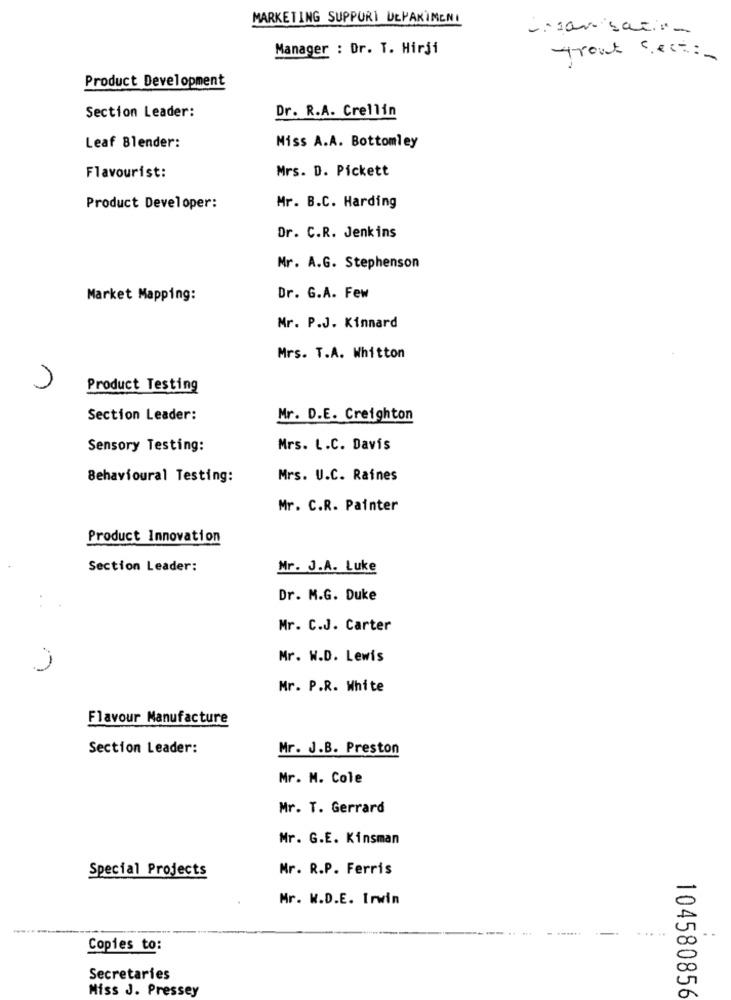
MARKETING SUPPORT DEPAKİMENI
-nam satis -
Manager : Dr. T. Hirji
Trout sect :-
Product Development
Section Leader:
Dr. R.A. Crellin
Leaf Blender:
Miss A.A. Bottomley
Mrs. D. Pickett
Flavourist:
Product Developer:
Mr. B.C. Harding
Dr. C.R. Jenkins
Mr. A.G. Stephenson
Market Mapping:
Dr. G.A. Few
Mr. P.J. Kinnard
Mrs. T.A. Whitton
Product Testing
Section Leader:
Mr. D.E. Creighton
Sensory Testing:
Mrs. L.C. Davis
Behavioural Testing:
Mrs. U.C. Raines
Mr. C.R. Painter
Product Innovation
Section Leader:
Mr. J.A. Luke
.
Dr. M.G. Duke
Mr. C.J. Carter
Mr. W.D. Lewis
Mr. P.R. White
Flavour Manufacture
Section Leader:
Mr. J.B. Preston
Mr. M. Cole
Mr. T. Gerrard
Mr. G.E. Kinsman
Special Projects
Mr. R.P. Ferris
Mr. W.D.E. Irwin
Copies to:
Secretaries
Miss J. Pressey
104580856